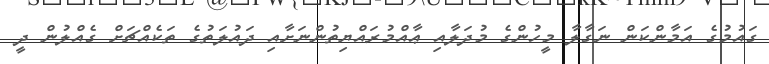
ގައުމުގެ އަމާންކަން ނަގާލާ މީހުންގެ މުދަލާއި ޢާއްމުރައްޔިތުންނަށާއި ދައުލަތުގެ ތަކެއްޗަށް ގެއްލުން ދީ